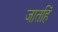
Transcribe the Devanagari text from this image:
जातहिं